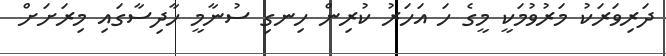
ދަރިވަރަކު މަރުވުމަކީ މީގެ ހަ އަހަރު ކުރިން ހިނގި ސުނާމީ ހާދިސާގައި މިރަށަށް